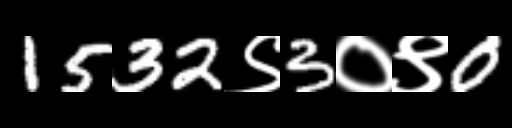
Text: 1532९3०९0